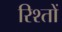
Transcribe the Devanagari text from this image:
रिश्‍तों